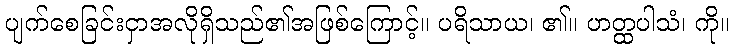
ပျက်စေခြင်းငှာအလိုရှိသည်၏အဖြစ်ကြောင့်။ ပရိသာယ၊ ၏။ ဟတ္ထပါသံ၊ ကို။